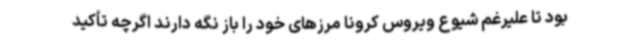
بود تا علیرغم شیوع ویروس کرونا مرزهای خود را باز نگه دارند اگرچه تأکید